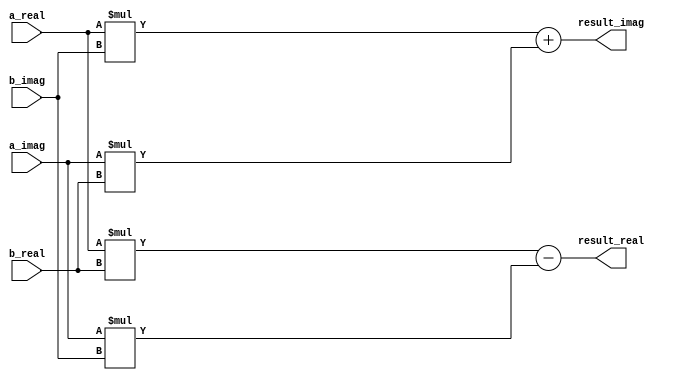
// This program was cloned from: https://github.com/Aryavardhan37/Verilog_codes
// License: MIT License

module MatrixMultiplier(
  input [7:0] a_real, // Real part of matrix A
  input [7:0] a_imag, // Imaginary part of matrix A
  input [7:0] b_real, // Real part of matrix B
  input [7:0] b_imag, // Imaginary part of matrix B
  output [15:0] result_real, // Real part of the result
  output [15:0] result_imag // Imaginary part of the result
);

  assign result_real = (a_real * b_real) - (a_imag * b_imag);
  assign result_imag = (a_real * b_imag) + (a_imag * b_real);

endmodule